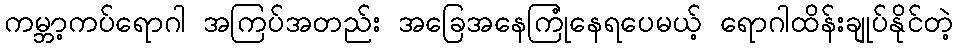
ကမ္ဘာ့ကပ်ရောဂါ အကြပ်အတည်း အခြေအနေကြုံနေရပေမယ့် ရောဂါထိန်းချုပ်နိုင်တဲ့